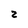
Character: 2